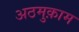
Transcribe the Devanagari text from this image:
अठमुक़ाम